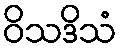
ဝိသဒိသံ